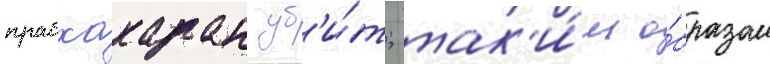
прабхакаран уб'и́т; так'и́м о́бразом